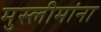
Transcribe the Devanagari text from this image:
मुस्लीमांना